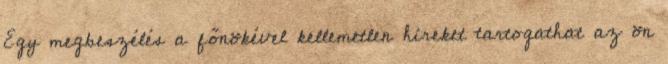
Egy megbeszélés a főnökével kellemetlen híreket tartogathat az ön